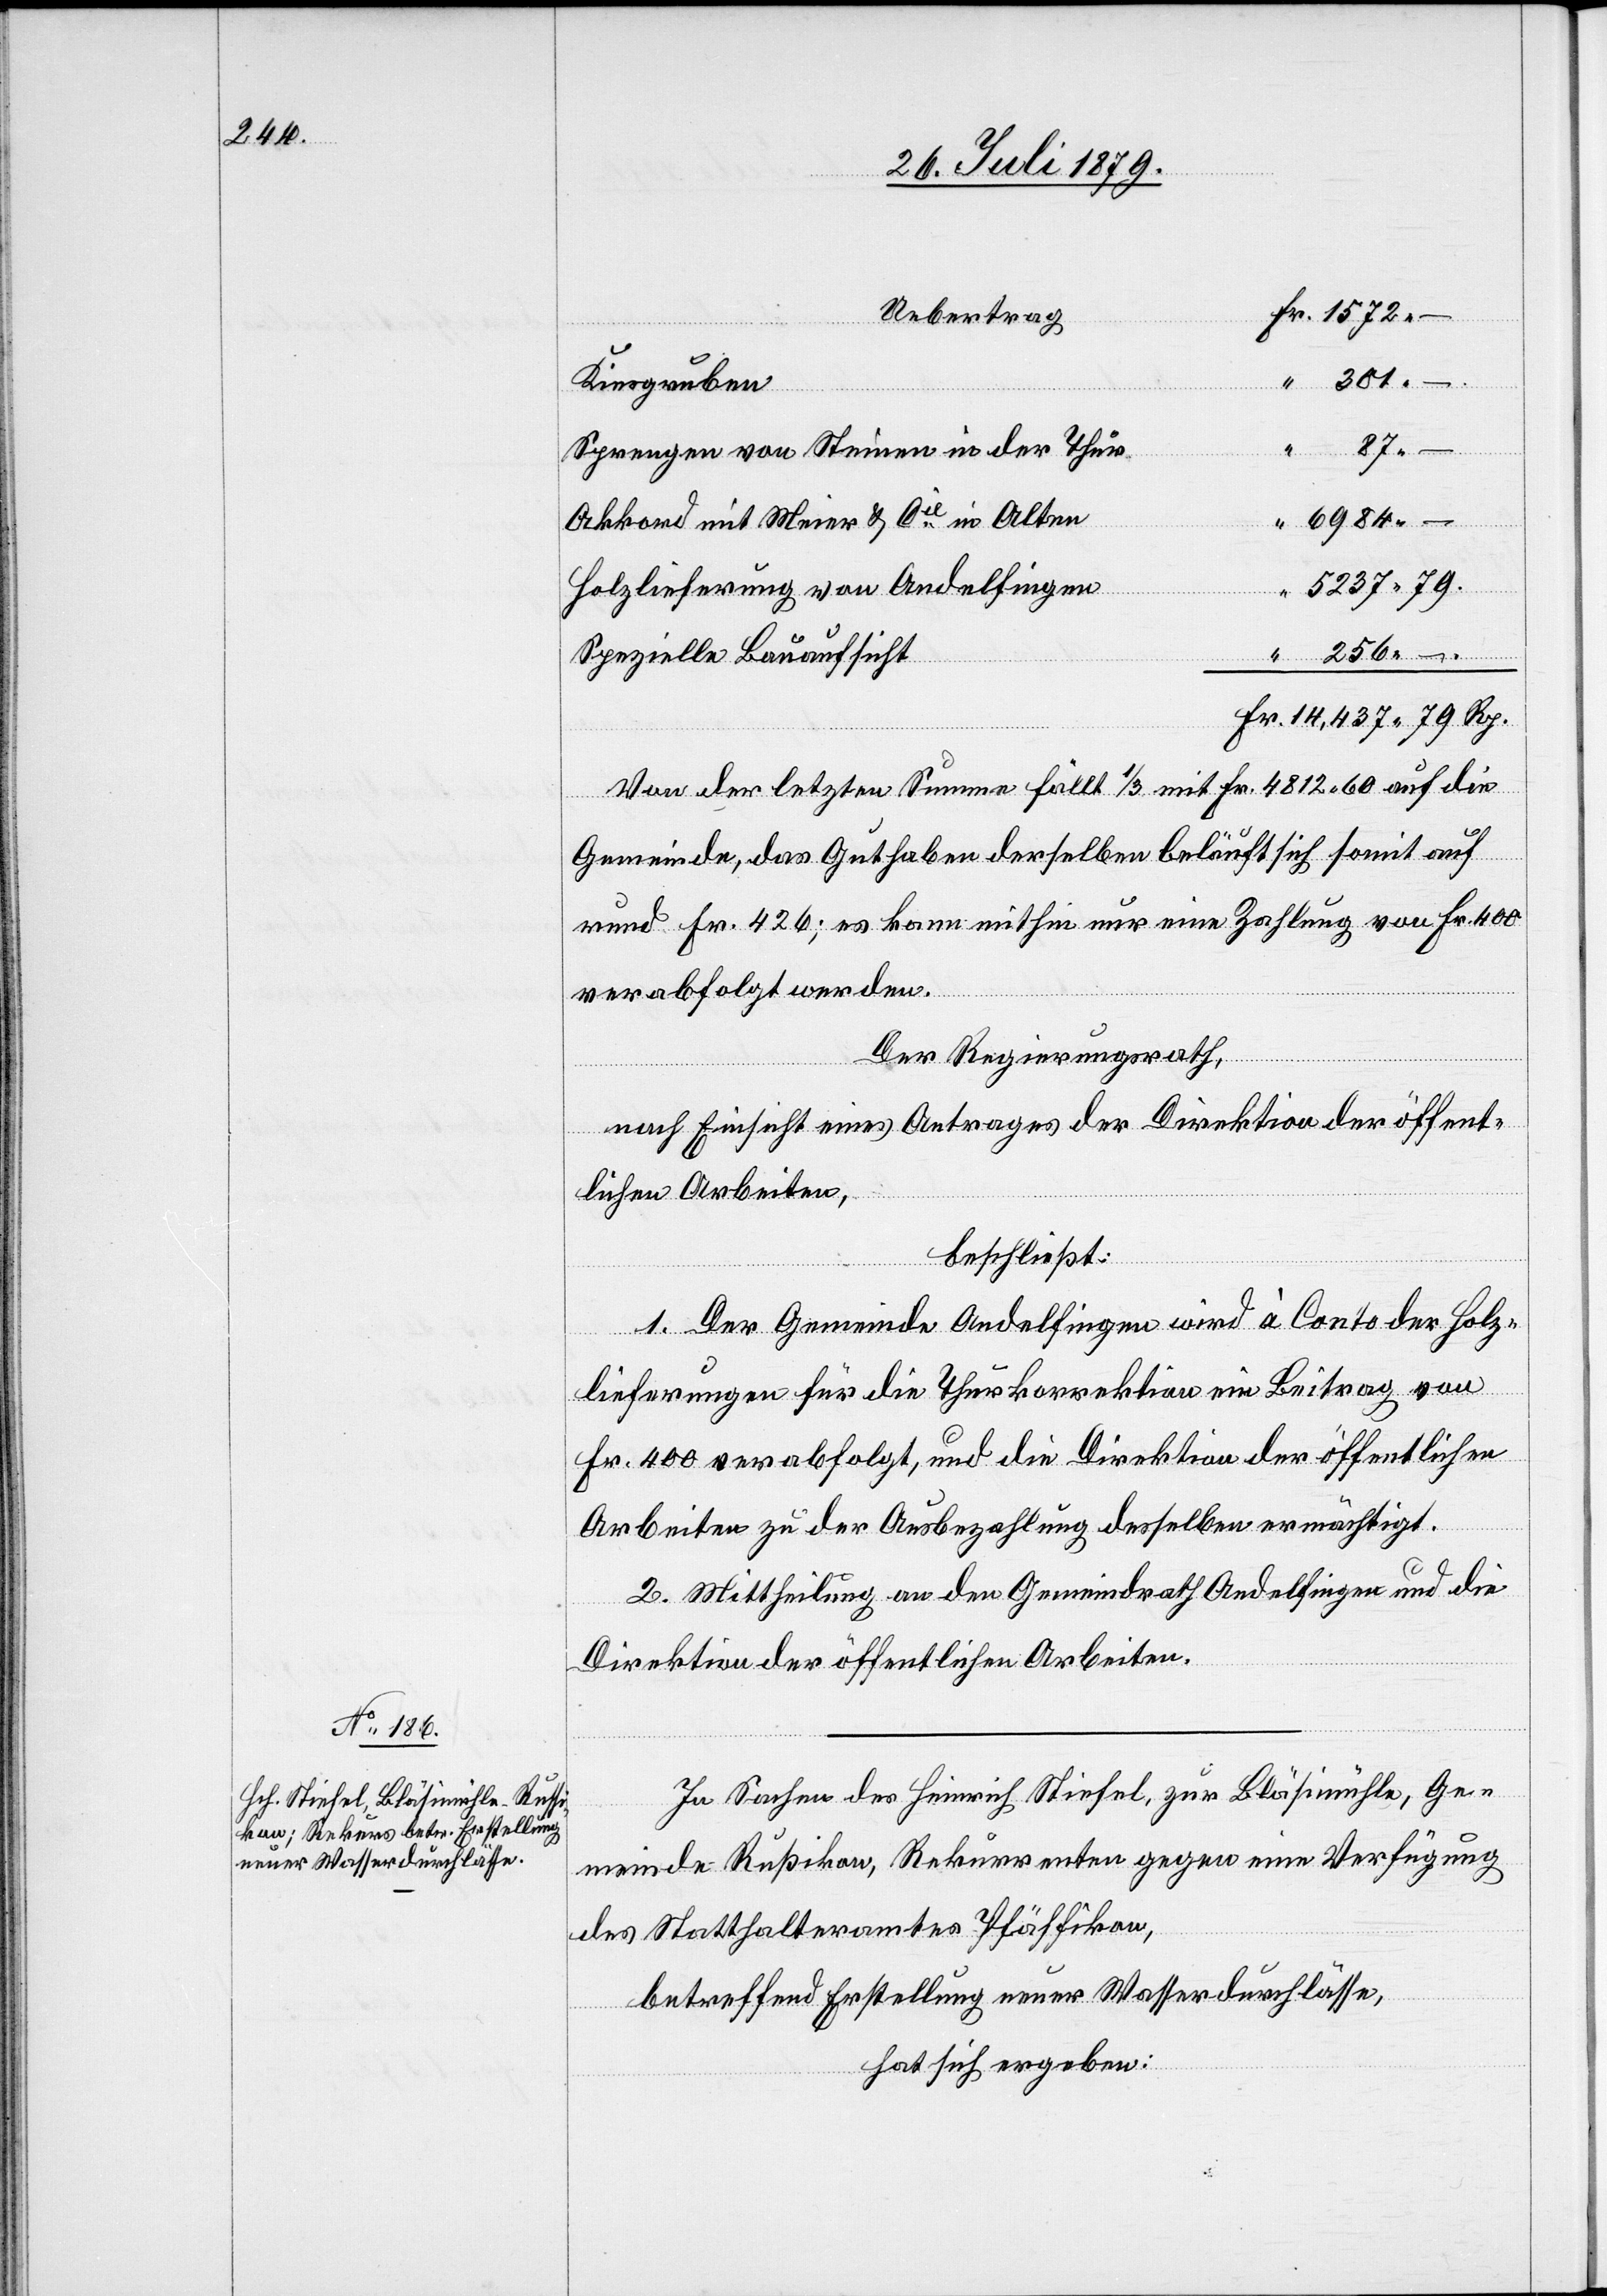
Kiesgruben
“
301
Sprengen von Steinen in der Thur
6984
Akkord mit Meier & Cie in Alten
Holzlieferung von Andelfingen
–
Spezielle Bauaufsicht
Von der letzten Summe fällt 1/3 mit Fr. 4812 60 auf die
Gemeinde, das Guthaben derselben beläuft sich somit auf
rund Fr. 426; es kann mithin nur eine Zahlung von Fr. 400
verabfolgt werden.
Der Regierungsrath,
nach Einsicht eines Antrages der Direktion der öffent¬
lichen Arbeiten,
beschließt:
1. Der Gemeinde Andelfingen wird à Conto der Holz¬
Rp.
lieferungen für die Thurkorrektion ein Beitrag von
Fr. 400 verabfolgt, und die Direktion der öffentlichen
Arbeiten zu der Ausbezahlung desselben ermächtigt.
2. Mittheilung an den Gemeindrath Andelfingen und die
Direktion der öffentlichen Arbeiten.
In Sachen des Heinrich Stiefel, zur Bläsimühle, Ge¬
meinde Rußikon, Rekurrenten gegen eine Verfügung
des Statthalteramtes Pfäffikon,
betreffend Erstellung neuer Wasserdurchlässe,
hat sich ergeben: